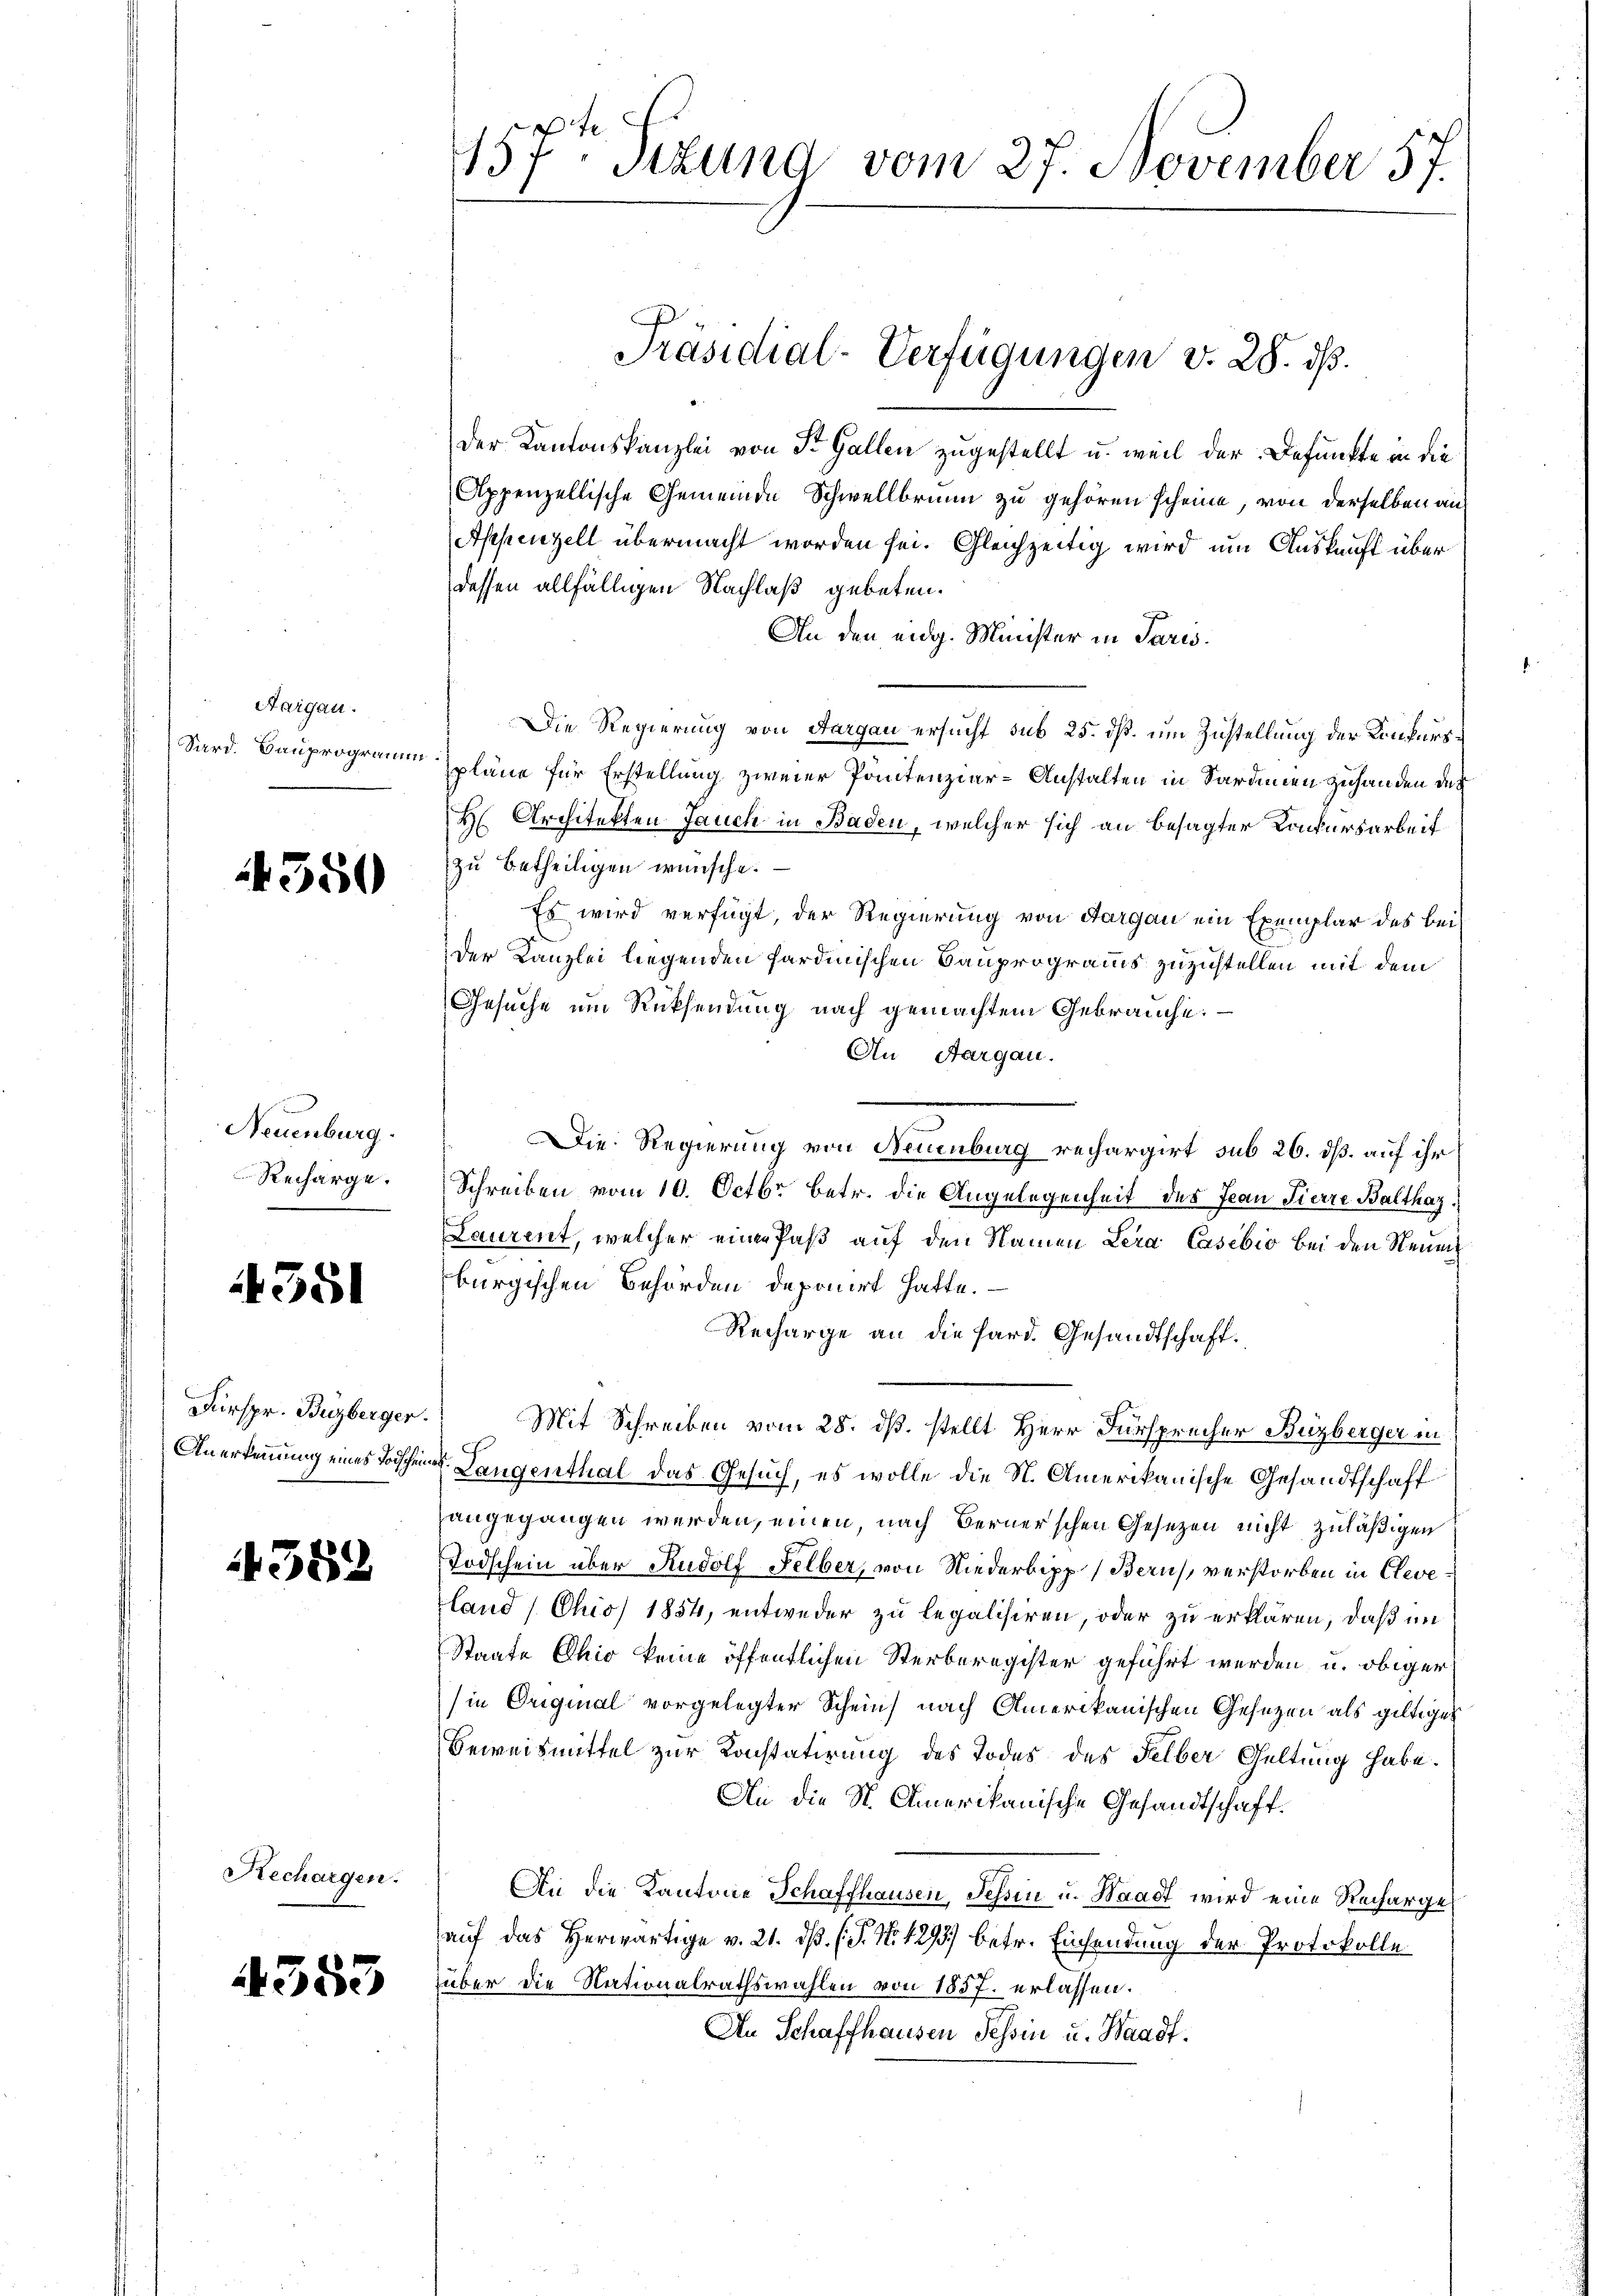
Aargau.
Sard. Bauprogramm

4550

Neuenburg.
Recharge.

351

Fürspr. Buzberger
Anerkennung eines Toischei¬

4582

Rechargen.

4353

te
157. Stund vom 27. November 57.

Der Kantonskanzlei von St. Gallen zugestellt u. weil der Befunkte in die
Appenzellische Gemeinde Schwellbrunn zu gehören scheine, von derselben an
Appenzell übermacht worden sei. Gleichzeitig wird um Auskunft über
dessen allfälligen Nachlaß gebeten.
An den eidg. Minister in Paris.
Die Regierung von Aargau ersucht sub 25. dß. um Zustellung der Konkurspläne für Erstellung zweier Pontenzier-Anstalten in Sardinien zuhanden der
H Architekten Jauch in Baden, welcher sich an besagter Konkursarbeit
zu betheiligen wünsche.
Es wird verfügt, der Regierung von Aargau ein Exemplar des beider Kanzlei liegenden sardinischen Bauprogramms zuzustellen mit dem
Gesuche um Rücksendung nach gemachtem Gebrauche:
An Aargau.
Die Regierung von Neuenburg rechargirt sub 26. ds. auf ihr
Schreiben vom 10. Octbr. betr. die Angelegenheit des Jean Pierre Balthaz.
Laurent, welcher einen Paß auf den Namen Lera Casebio bei den Neuen
burgischen Behörden deponirt hatte.
Recharge an die Hard. Gesandtschaft.
Mit Schreiben vom 28. ds. stellt Herr Fürsprecher Buzberger in
2. Langenthal das Gesuch, es wolle die St. Amerikanische Gesandtschaft
angegangen werden, einen nach Berner’schen Gesetzen nicht zuläßigen
Todschein über Rudolf Felber, von Niederbipp (Barus, verstorben in Cleveland (Chio) 1854, entweder zu legalisiren, oder zu erklären, daß im
Staate Chio keine öffentlichen Sterberegister geführt werden u. obiger
ie Original vorgelegter Schein nach Amerikanischen Gesetzen als giltiger
Beweismittel zur Konstatirung des Todes des Selber Geltung habe.
An die St. Amerikanische Gesandtschaft.
An die Kantone Schaffhausen, Tessin u. Waadt wird eine Recharge
auf das herwärtige v. 21. ds. (N. N. 1295) betr. Einsendung der Protokolle
über die Nationalrathswahlen von 1857. erlassen.
An Schaffhausen Tessin u. Waadt.

Präsidial-Verfügungen v. 28. ds.